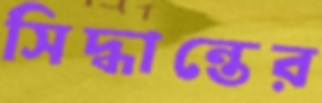
সিদ্ধান্তের